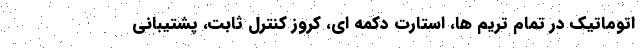
اتوماتیک در تمام تریم ها، استارت دکمه ای، کروز کنترل ثابت، پشتیبانی